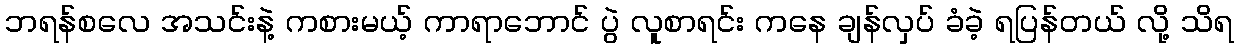
ဘရန်စလေ အသင်းနဲ့ ကစားမယ့် ကာရာဘောင် ပွဲ လူစာရင်း ကနေ ချန်လှပ် ခံခဲ့ ရပြန်တယ် လို့ သိရ